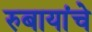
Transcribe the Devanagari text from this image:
रुबायांचे